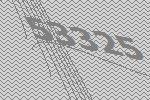
53325